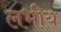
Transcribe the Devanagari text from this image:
लभीय